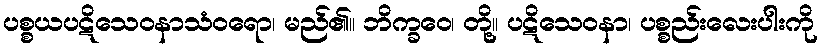
ပစ္စယပဋိသေဝနာသံဝရော၊ မည်၏။ ဘိက္ခဝေ၊ တို့။ ပဋိသေဝနာ၊ ပစ္စည်းလေးပါးကို